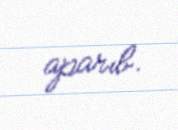
aparıb.